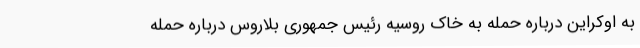
به اوکراین درباره حمله به خاک روسیه رئیس جمهوری بلاروس درباره حمله